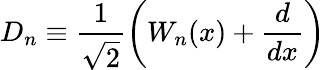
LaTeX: D_{n}\equiv\frac{1}{\sqrt{2}}\left(W_{n}(x)+\frac{d}{dx}\right)